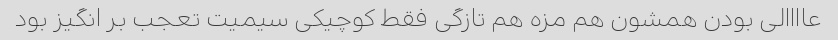
عاااالی بودن همشون هم مزه هم تازگی فقط کوچیکی سیمیت تعجب بر انگیز بود